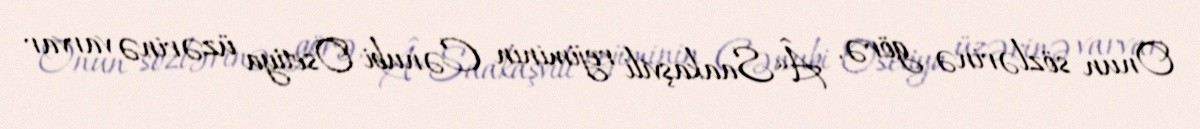
Onun sözlərinə görə, Â«Saakaşvili rejiminin Cənubi Osetiya üzərinə varvar